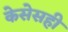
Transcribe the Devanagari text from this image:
केसेसही